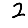
Digit: 2